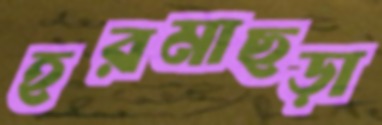
হরমাছড়া